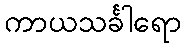
ကာယသင်္ခါရော